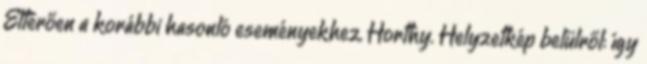
Eltérően a korábbi hasonló eseményekhez, Horthy. Helyzetkép belülről: így